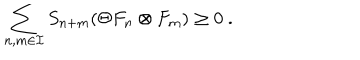
\sum _ { n , m \in { \cal I } } S _ { n + m } ( \Theta F _ { n } \otimes F _ { m } ) \geq 0 \ .